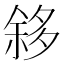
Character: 𱘧